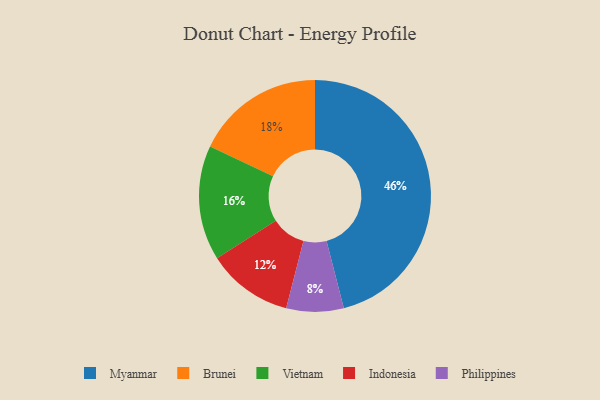
{"axis": {"x": "Category", "y": "Percentage"}, "legend": ["Brunei", "Indonesia", "Myanmar", "Philippines", "Vietnam"], "data": [{"x": "Indonesia", "y": 12, "type": "Indonesia"}, {"x": "Vietnam", "y": 16, "type": "Vietnam"}, {"x": "Philippines", "y": 8, "type": "Philippines"}, {"x": "Brunei", "y": 18, "type": "Brunei"}, {"x": "Myanmar", "y": 46, "type": "Myanmar"}]}